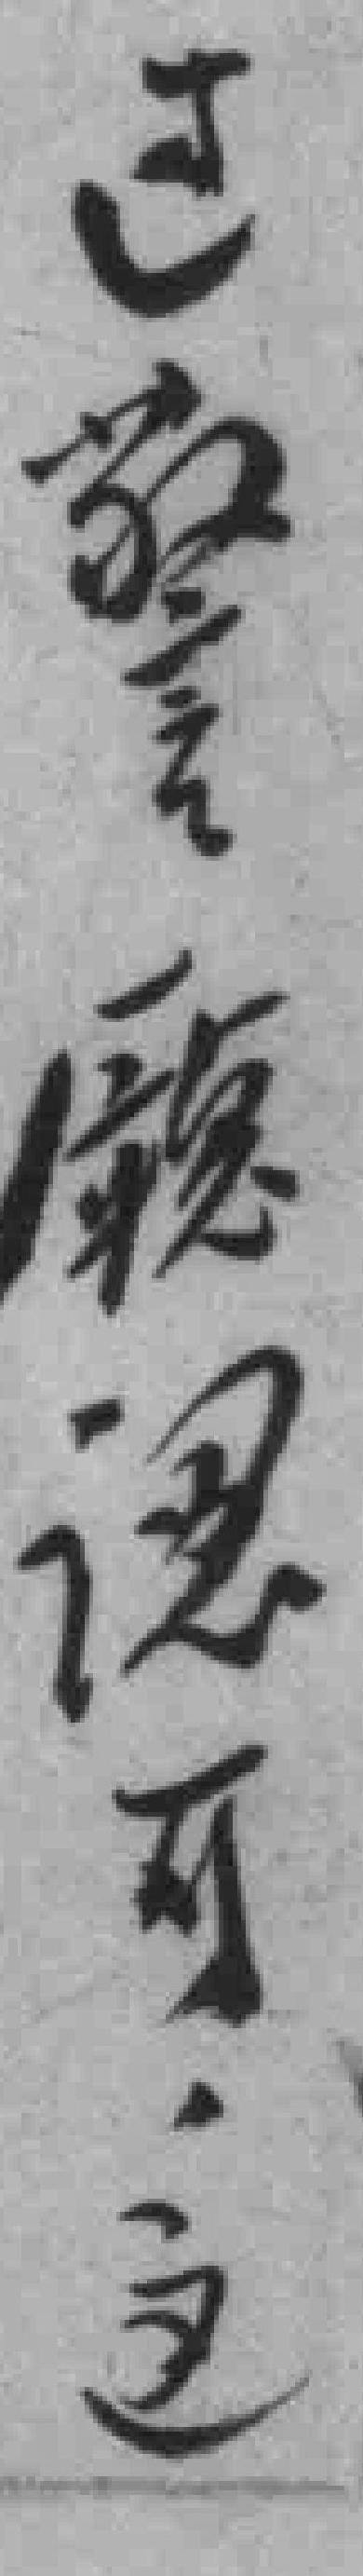
过警廰認可这